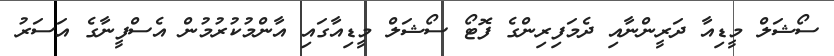
ސޯޝަލް މީޑިއާ ދަރީންނާއި ދެމަފިރިންގެ ފޮޓޯ ސޯޝަލް މީޑިއާގައި އާންމުކުރުމުން އެސްފީނާގެ އަސަރު